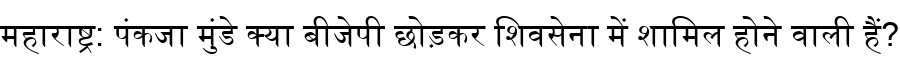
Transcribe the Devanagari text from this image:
महाराष्ट्र: पंकजा मुंडे क्या बीजेपी छोड़कर शिवसेना में शामिल होने वाली हैं?